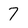
Character: 7